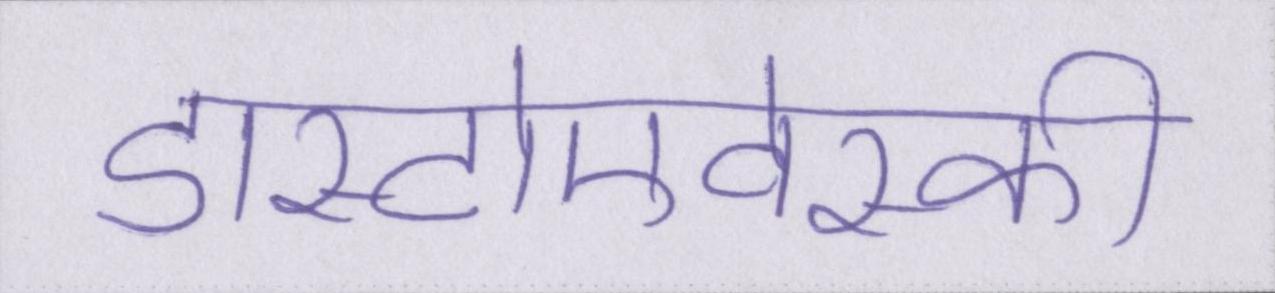
डास्टोएवेस्की